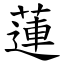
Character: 蓮